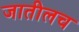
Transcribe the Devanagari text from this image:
जातीलच